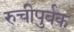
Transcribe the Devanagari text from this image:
रुचीपुर्वक